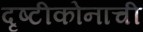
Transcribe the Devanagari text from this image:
दृष्टीकोनाची